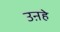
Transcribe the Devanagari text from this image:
उऩहे